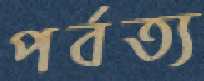
পর্বত্য